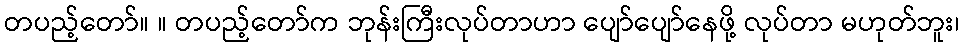
တပည့်တော်။ ။ တပည့်တော်က ဘုန်းကြီးလုပ်တာဟာ ပျော်ပျော်နေဖို့ လုပ်တာ မဟုတ်ဘူး၊